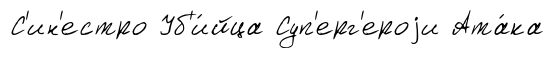
С'ин'естро Уб'и́йца Суп'ерг'ероjи Ата́ка